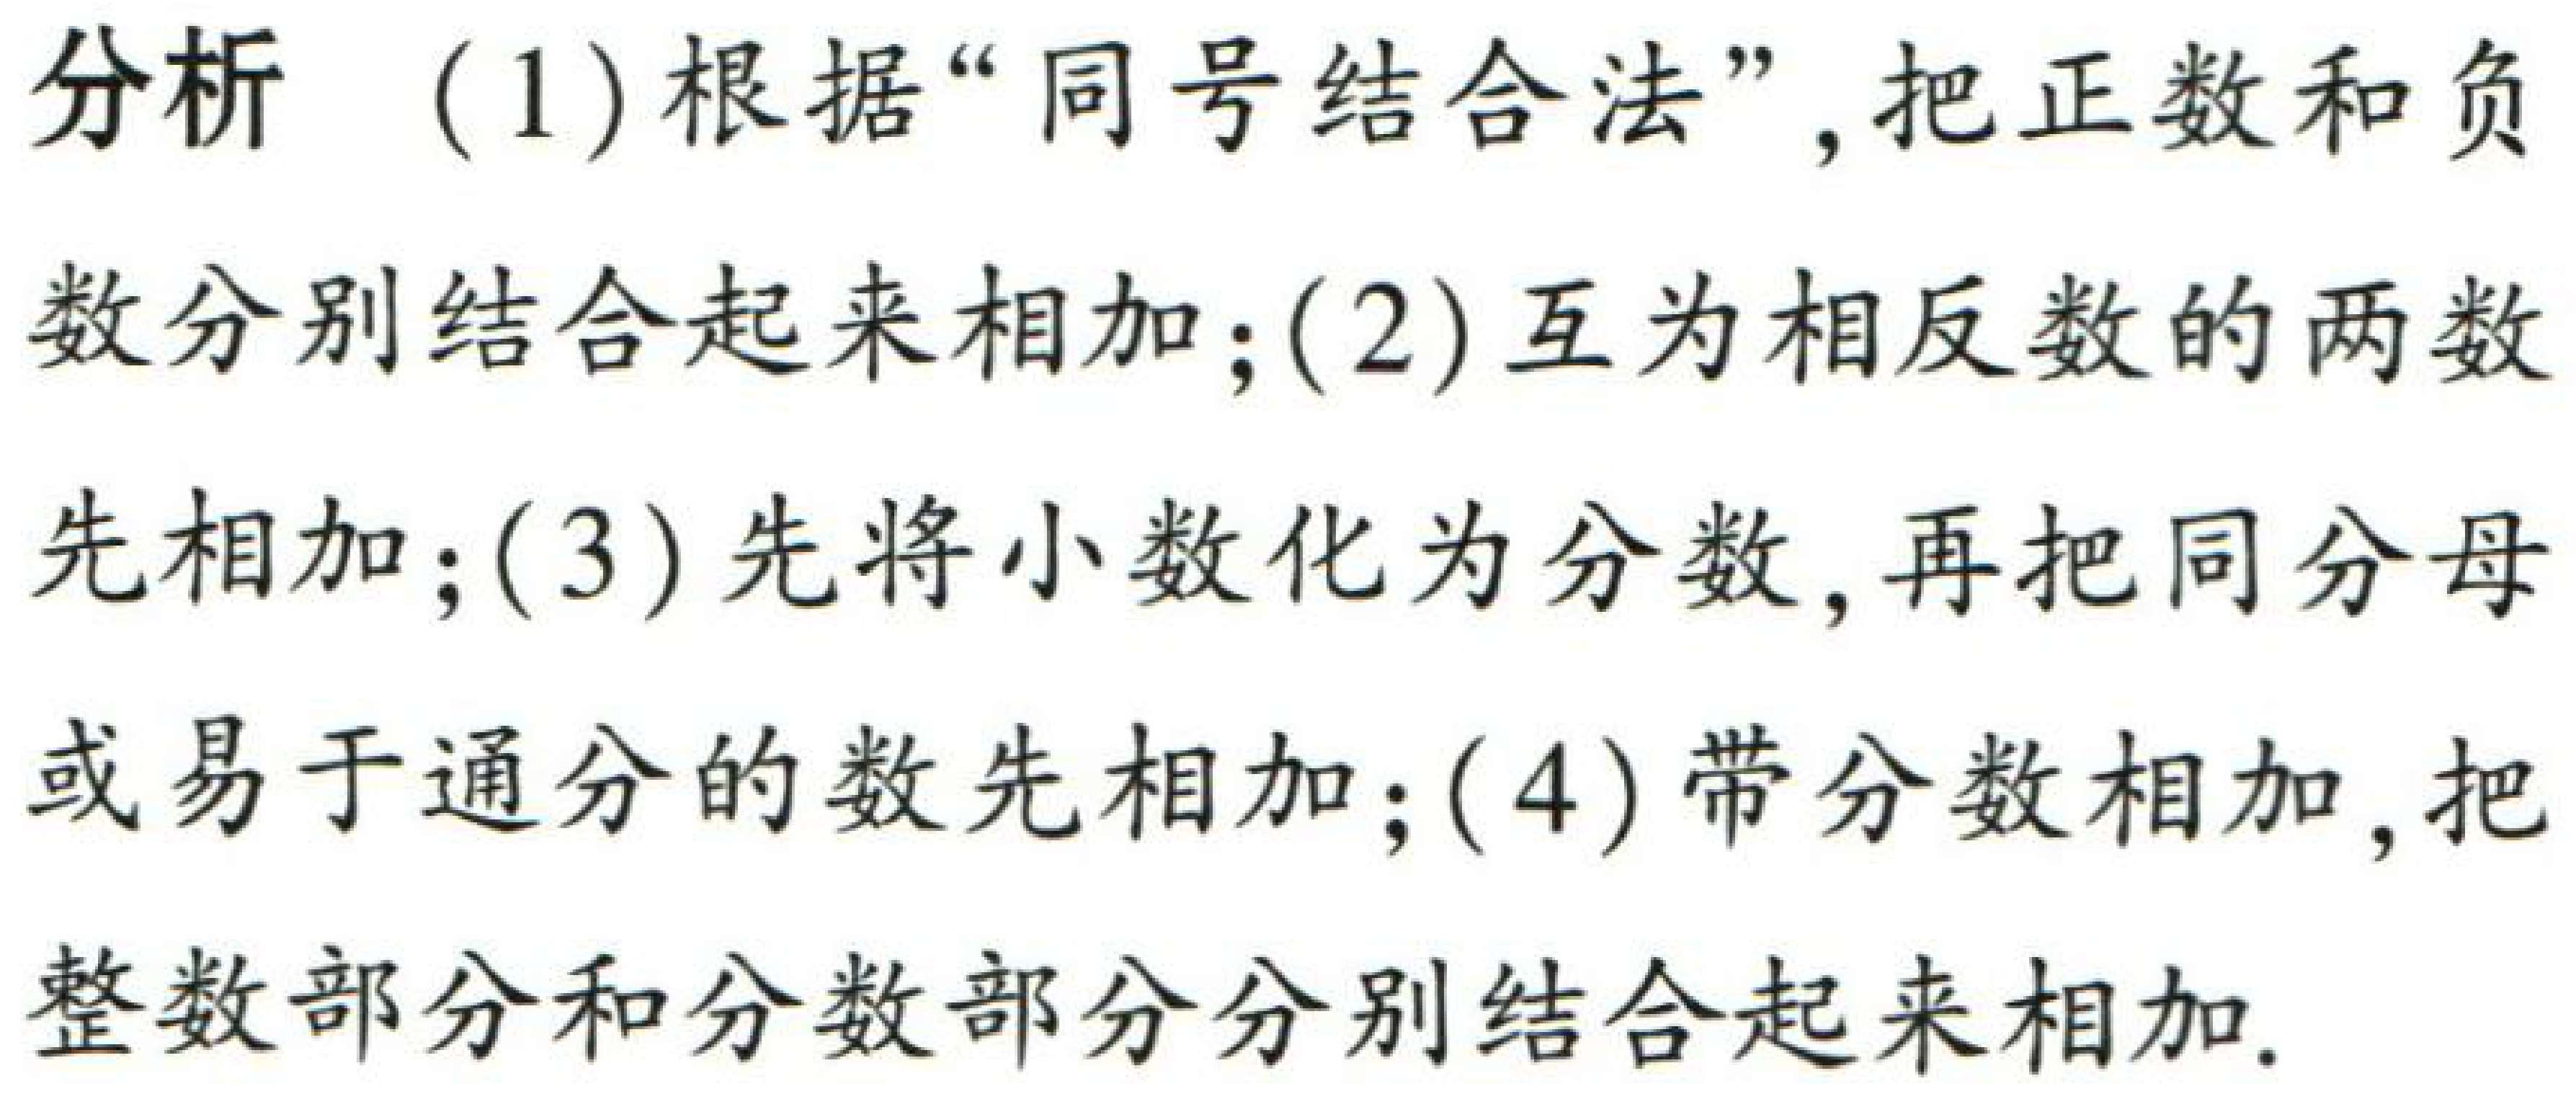
分析 （1）根据“同号结合法”，把正数和负数分别结合起来相加；(2) 互为相反数的两数先相加；(3) 先将小数化为分数，再把同分母或易于通分的数先相加；(4) 带分数相加，把整数部分和分数部分分别结合起来相加.